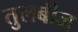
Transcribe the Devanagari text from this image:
तुलबीज